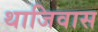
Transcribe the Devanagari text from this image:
थाजिवास